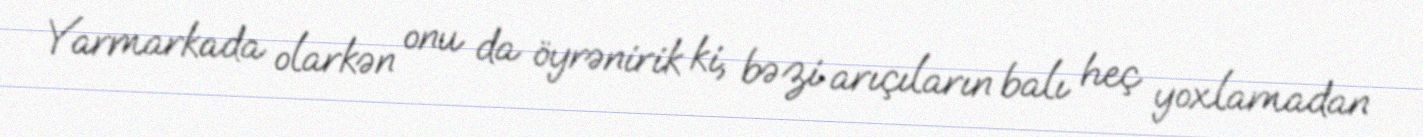
Yarmarkada olarkən onu da öyrənirik ki, bəzi arıçıların balı heç yoxlamadan